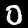
Digit: 0